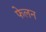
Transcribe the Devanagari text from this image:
फेलन